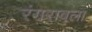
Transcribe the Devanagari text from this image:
रंगरावला